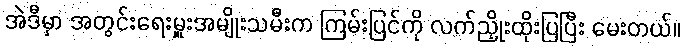
အဲဒီမှာ အတွင်းရေးမှူးအမျိုးသမီးက ကြမ်းပြင်ကို လက်ညှိုးထိုးပြပြီး မေးတယ်။